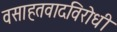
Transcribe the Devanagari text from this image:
वसाहतवादविरोधी